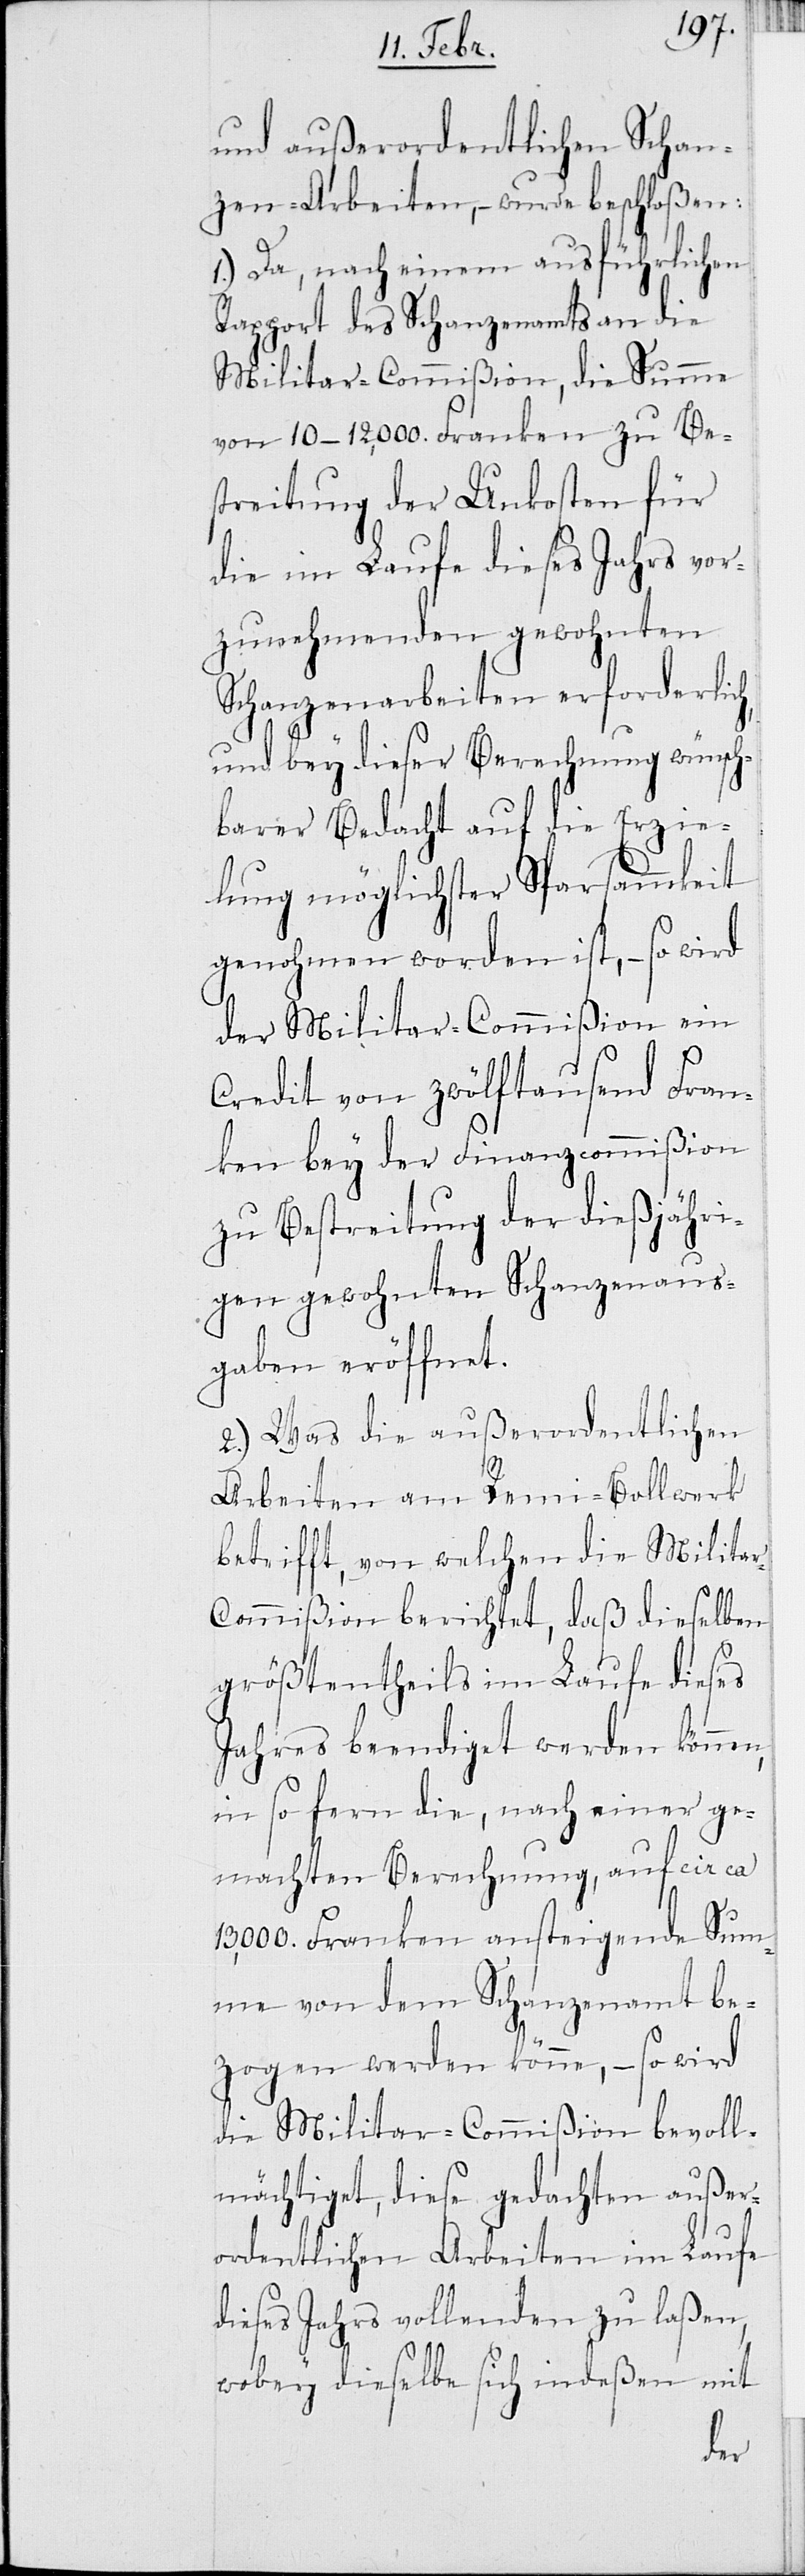
und außerordentlichen Schan¬
zen-Arbeiten, – wurde beschloßen:
1.) Da, nach einem ausführlichen
Rapport des Schanzenamts an die
Militar-Commißion, die Summe
von 10–12,000. Franken zur Be¬
streitung der Unkosten für
die im Laufe dieses Jahres vor¬
zunehmenden gewohnten
Schanzenarbeiten erforderlich,
und bey dieser Berechnung wünsch¬
barer Bedacht auf die Erzie¬
lung möglichster Sparsamkeit
genohmen worden ist, – so wird
der Militar-Commißion ein
Credit von zwölftausend Fran¬
ken bey der Finanzcommißion
zu Bestreitung der dießjähri¬
gen gewohnten Schanzenaus¬
gaben eröffnet.
2.) Was die außerordentlichen
Arbeiten am Remi-Bollwerk
betrifft, von welchen die Milita¬
r-Commißion berichtet, daß dieselben
größtentheils im Laufe dieses
Jahres beendiget werden können,
in so fern die, nach einer ge¬
machten Berechnung, auf ca
13,000. Franken ansteigende Sum¬
me von dem Schanzenamt be¬
zogen werden könne, – so wird
die Militar-Commißion bevoll¬
mächtiget, diese gedachten außer¬
ordentlichen Arbeiten im Laufe
dieses Jahres vollenden zu laßen,
wobey dieselbe sich indeßen mit